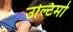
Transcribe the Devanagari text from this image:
उल्टिमो